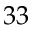
3 3